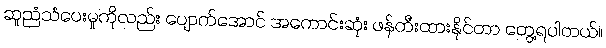
ဆူညံသံပေးမှုကိုလည်း ပျောက်အောင် အကောင်းဆုံး ဖန်တီးထားနိုင်တာ တွေ့ရပါတယ်။